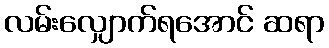
လမ်းလျှောက်ရအောင် ဆရာ